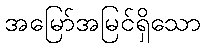
အမြော်အမြင်ရှိသော